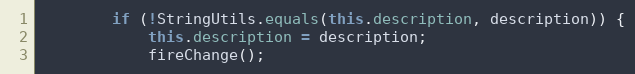
Language: Java
		if (!StringUtils.equals(this.description, description)) {
			this.description = description;
			fireChange();